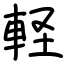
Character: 軽